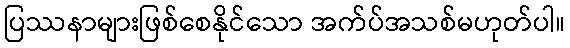
ပြဿနာများဖြစ်စေနိုင်သော အက်ပ်အသစ်မဟုတ်ပါ။